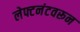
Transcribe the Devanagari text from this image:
लेफ्टनंटवरून